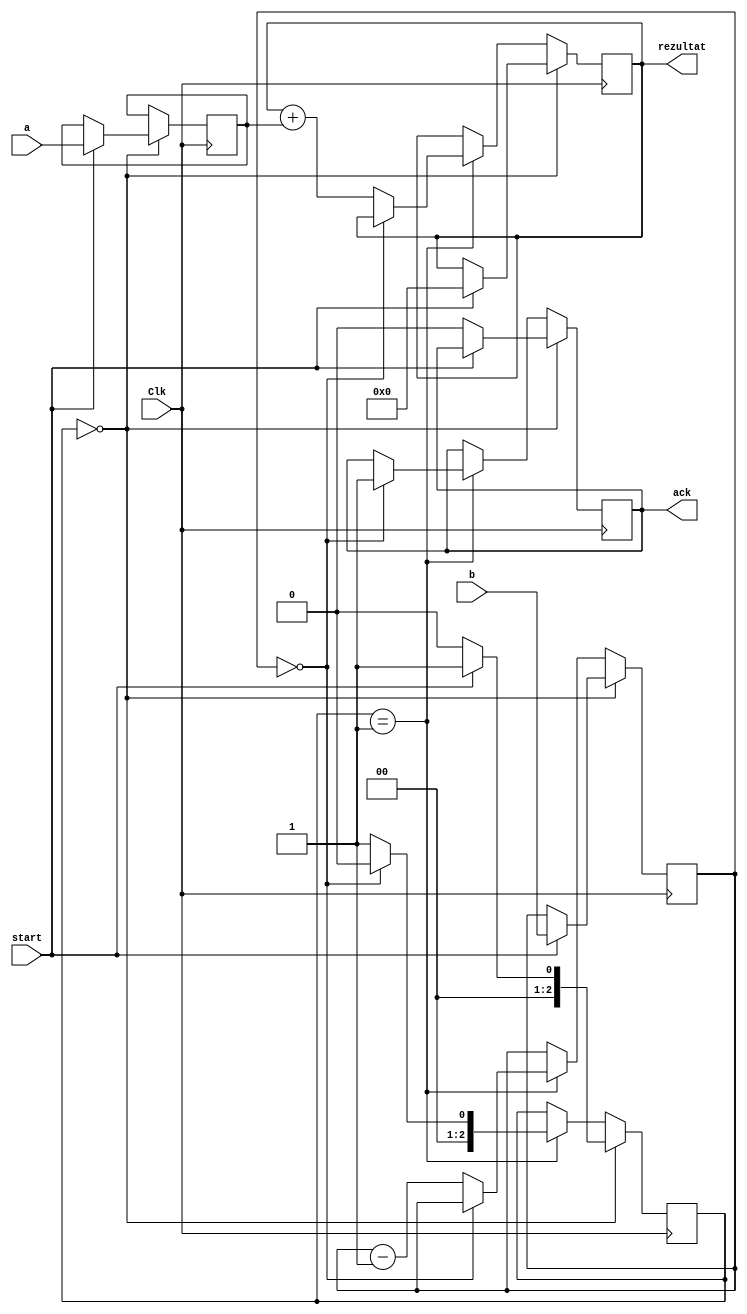
module MULTIPLY(Clk,start,a,b,rezultat,ack);
    input Clk,start;
    input [3:0]a,b;
    output reg[7:0]rezultat;
    output reg ack;
    /*
        O sa pastram valorile de input intrucat valorile de input se pot schimba
        de catre alt circuit lucru care creeza o situatie non-safe
    */
    reg [3:0]x,y;
    reg [2:0]stare;
    always @(posedge Clk)
        if(stare==0)
            if(start==0)
            begin
                ack<=0;
                stare<=0;   
            end
            else 
            begin
                x<=a;
                y<=b;
                rezultat<=0;
                stare<=1;
            end
        else if(stare==1)
            begin
                if(y==0)
                begin
                    ack<=1;
                    stare<=0;
                end
                else begin
                    rezultat<=rezultat+x;
                    y<=y-1;
                    stare<=1;
                end
            end
        initial
        begin
        /*
            Orice variabila neinitializata are valoare x nu zero la punerea sub tensiune
            starea va fi x nu 0.Riscam ca automatul sa nu evolueze spre nici o stare.
        */
            stare<=0;
            ack<=0;
        end
endmodule

module clock(c);
    output c;
    reg c;
    always #2 c=~c;
    initial c=0;
endmodule

module main();
    /*
        Semnale ale caror input provin de la utilizator
    */
    reg [3:0]a,b;
    reg start;
    /*
        Semnale pe care doar le citim 
    */
    wire clk,ack;
    wire [7:0]r;
    initial begin
        $dumpvars(0,main);
        $monitor("time:%d,start:%d,a:%d,b:%d,r:%d,ack:%d",$time,start,a,b,r,ack);
        start<=0;
        #2 a<=12;
        b<=6;
        #2 start<=1;
        #10 start<=0;
        #100 $finish();
    end
MULTIPLY mul(clk,start,a,b,r,ack);
clock c(clk);
endmodule